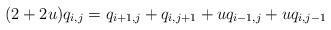
LaTeX: \begin{align*}& (2+2u)q_{i,j}=q_{i+1,j}+q_{i,j+1}+uq_{i-1,j}+uq_{i,j-1}\end{align*}